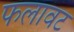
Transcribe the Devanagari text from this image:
फलावट